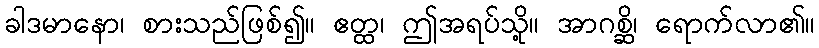
ခါဒမာနော၊ စားသည်ဖြစ်၍။ ဧတ္ထ၊ ဤအရပ်သို့။ အာဂစ္ဆိ၊ ရောက်လာ၏။